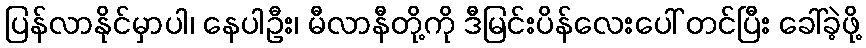
ပြန်လာနိုင်မှာပါ၊ နေပါဦး၊ မီလာနီတို့ကို ဒီမြင်းပိန်လေးပေါ် တင်ပြီး ခေါ်ခဲ့ဖို့